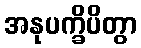
အနုပက္ခိပိတွာ